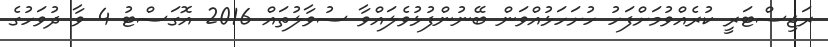
ރަޖިސްޓަރީ ކުރެއްވުމަށްފަހު ހުށަހަޅުއްވަން ބޭނުންފުޅުވެލައްވާ ސުވާލުތައް 2016 އޮގަސްޓު 4 ވާ ދުވަހުގެ